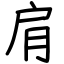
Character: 肩